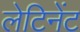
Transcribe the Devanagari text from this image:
लेटिनेंट